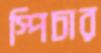
স্পিচার